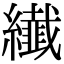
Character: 纎